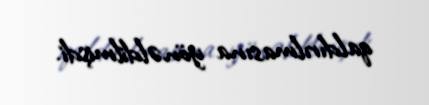
qaldırılmasına yönəldilmişdi.